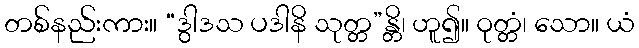
တစ်နည်းကား။ “ဒွါဒသ ပဒါနိ သုတ္တ”န္တိ၊ ဟူ၍။ ဝုတ္တံ၊ သော။ ယံ